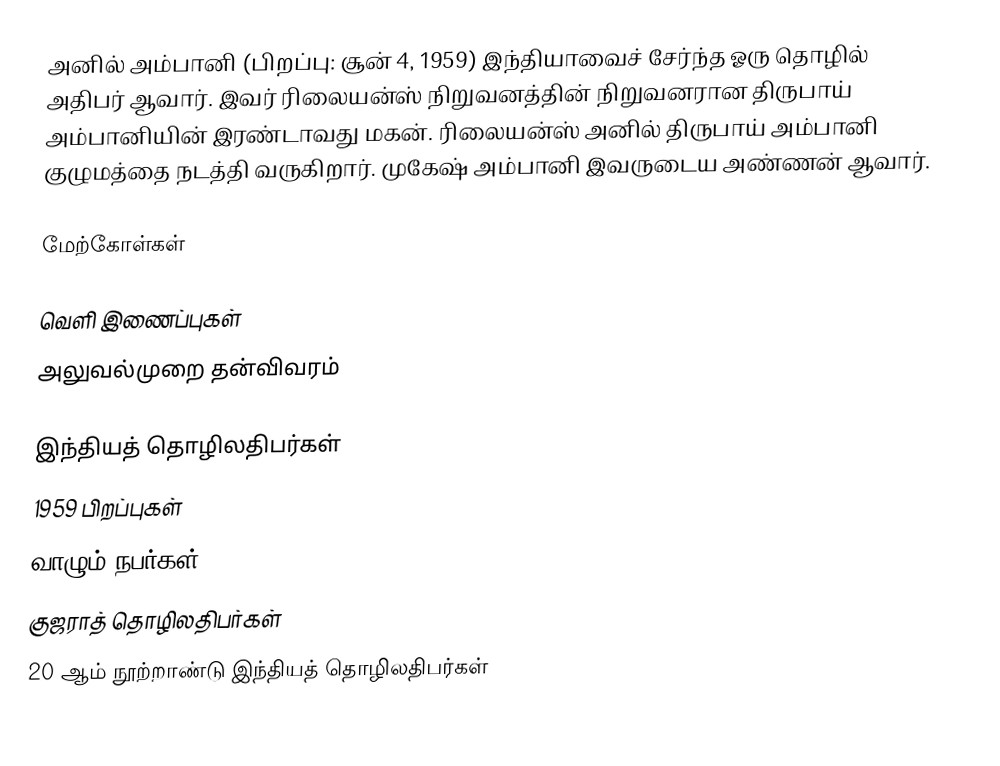
அனில் அம்பானி (பிறப்பு: சூன் 4, 1959) இந்தியாவைச் சேர்ந்த ஓரு தொழில் அதிபர் ஆவார். இவர் ரிலையன்ஸ் நிறுவனத்தின் நிறுவனரான திருபாய் அம்பானியின் இரண்டாவது மகன். ரிலையன்ஸ் அனில் திருபாய் அம்பானி குழுமத்தை நடத்தி வருகிறார். முகேஷ் அம்பானி இவருடைய அண்ணன் ஆவார்.

மேற்கோள்கள்

வெளி இணைப்புகள்
 அலுவல்முறை தன்விவரம்

இந்தியத் தொழிலதிபர்கள்
1959 பிறப்புகள்
வாழும் நபர்கள்
குஜராத் தொழிலதிபர்கள்
20 ஆம் நூற்றாண்டு இந்தியத் தொழிலதிபர்கள்